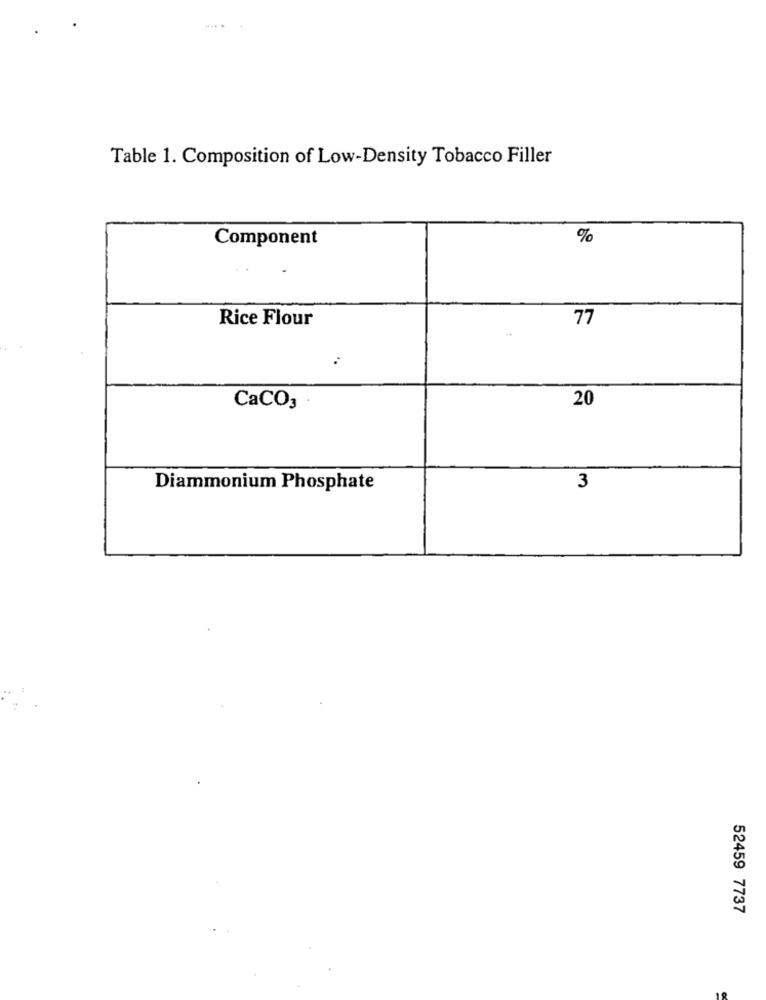
Table 1. Composition of Low-Density Tobacco Filler
Component
%
Rice Flour
77
20
CaCO3
Diammonium Phosphate
3
52459 7737